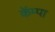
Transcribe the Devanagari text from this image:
कॅम्पा